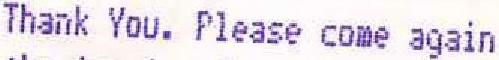
THANK YOU. PLEASE COME AGAIN